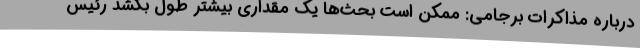
درباره مذاکرات برجامی: ممکن است بحث‌ها یک مقداری بیشتر طول بکشد رئیس